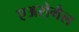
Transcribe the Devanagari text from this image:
एअरोगैल